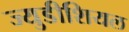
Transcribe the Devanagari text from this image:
ज्युडीशियल